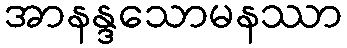
အာနန္ဒသောမနဿာ